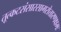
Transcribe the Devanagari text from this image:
तूत्कटसंसारसागरोत्तारणक्षमः